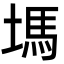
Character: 𡏢